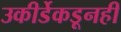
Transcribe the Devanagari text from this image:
उकीर्डेकडूनही